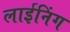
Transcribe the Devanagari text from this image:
लाईनिंग